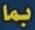
بما